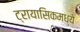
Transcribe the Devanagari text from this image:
ट्रायासिकमध्ये